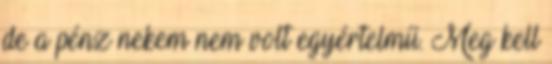
de a pénz nekem nem volt egyértelmű. Meg kell